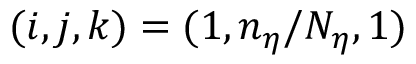
( i , j , k ) = ( 1 , n _ { \eta } / N _ { \eta } , 1 )